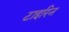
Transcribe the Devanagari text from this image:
टाइरिन